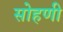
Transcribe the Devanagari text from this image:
सोहणी